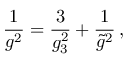
{ \frac { 1 } { g ^ { 2 } } } = { \frac { 3 } { g _ { 3 } ^ { 2 } } } + { \frac { 1 } { { \tilde { g } } ^ { 2 } } } \, ,